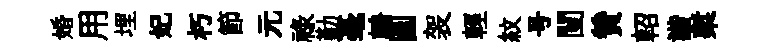
婚用埋妃朽節元禄勤毫輈圓袈輕紋号闉贊軺諧槧